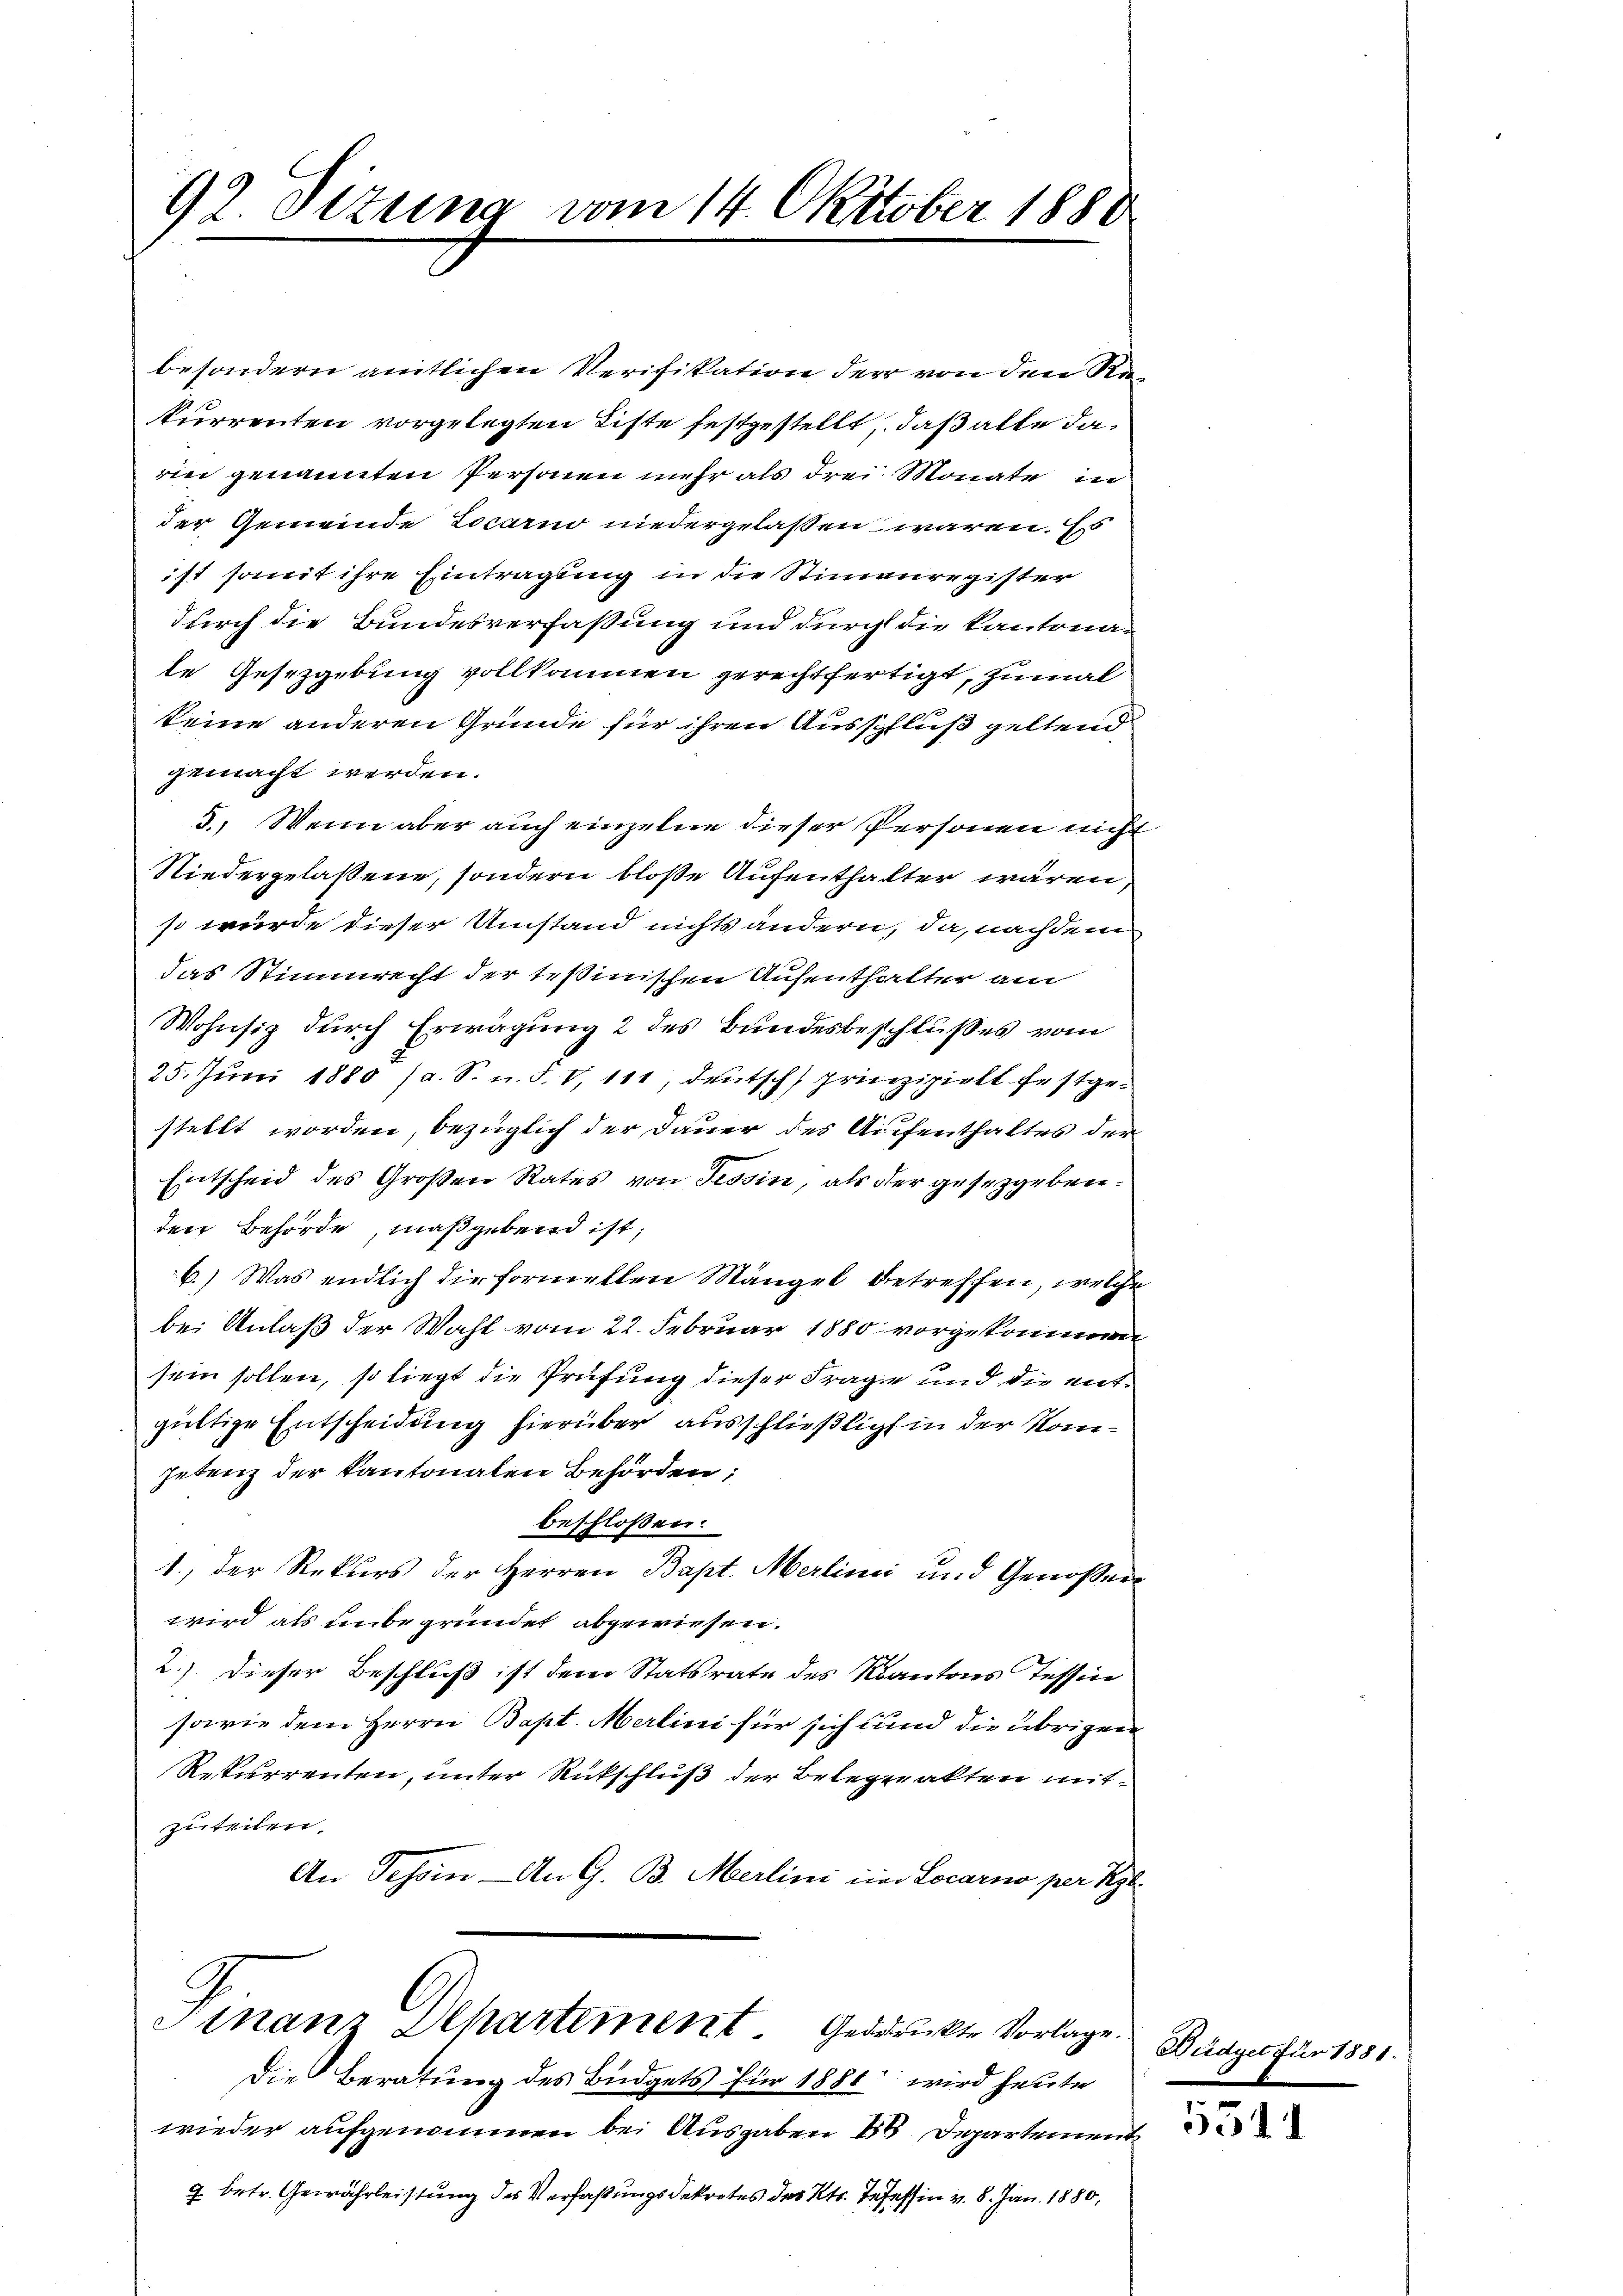
92. Sitzung vom 14. Oktober 1880

besondern amtlichen Verifikation der von den Rekurrenten vorgelegten Liste festgestellt, daß alle darin genannten Personen mehr als drei Monate in
der Gemeinde Locarno niedergelassen wären. Es
ist somit ihre Eintragung in die Stimauregister
durch die Bundesverfassung und durch die Kantona-
le Gesetzgebung vollkommen gerechtfertigt, zumal
keine anderen Gründe für ihren Ausschluß geltend
gemacht werden.
3. Wenn aber auch einzelne dieser Personen nicht
Niedergelaßene, sondern bloße Aufenthalter wären,
so würde dieser Umstand nichts ändern, da, nachdem
das Stimmrecht der Teßinischen Aufenthalter am
Wohnsiz durch Erwägung 2 des Bundesbeschlußes vom
25. Juni 1880 (a. S. n. F. V, 111, deutsch prinzipielt festgestellt worden, bezüglich der Dauer des Aufenthaltes der
Entscheid des Großen Rates von Tessin, als der gesetzgebender Behörde, maßgebend ist;
6.) Was endlich die formellen Mängel betreffen, welche
bei Anlaß der Wahl vom 22. Februar 1880 vorgekommen
sein sollen, so liegt die Prüfung dieser Frage und die entgültige Entscheidung hierüber ausschließlich in der Kompetenz der Kantonalen Behörden;
beschlossen:
1.) Der Rekurs der Herren Bapt. Merlinić und Genoßen
wird als unbegründet abgewiesen.
2.) Dieser Beschluß ist dem Statsrate des Kantons Tessin
1
sowie dem Herrn Bapt. Merlini für sich und die übrigen
Resperrenten, unter Rückschluß der Belegrakten mit
zuteilen.
An Tessin - An G. B. Merlini im Locarno per Kgl.

Die Beratung des Büdgets für 1881 wird heute
wieder aufgenommen bei Ausgaben 16 Departement
7 betr. Gewährleistung des Verfaßungsdekretes des Kts. Josessin v. 8. Jan. 1880,

Finanz Departement. Geddruckte Vorlage.

¬

Büdget für 1881.